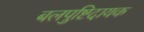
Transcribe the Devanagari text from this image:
बलपुष्टिदायक